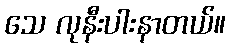
သေ လုနီးပါးနာတယ်။